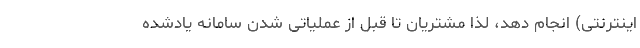
اینترنتی) انجام دهد، لذا مشتریان تا قبل از عملیاتی شدن سامانه یادشده